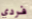
فردي